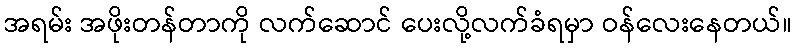
အရမ်း အဖိုးတန်တာကို လက်ဆောင် ပေးလို့လက်ခံရမှာ ဝန်လေးနေတယ်။